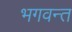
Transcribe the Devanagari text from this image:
भगवन्‍त